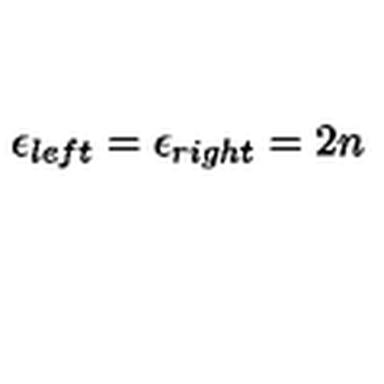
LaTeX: \epsilon _ { l e f t } = \epsilon _ { r i g h t } = 2 n